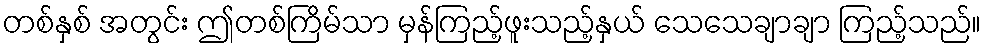
တစ်နှစ် အတွင်း ဤတစ်ကြိမ်သာ မှန်ကြည့်ဖူးသည့်နှယ် သေသေချာချာ ကြည့်သည်။